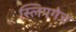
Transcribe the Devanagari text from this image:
स्लिपगेज